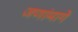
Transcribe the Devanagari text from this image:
जणांमागे